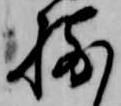
揃